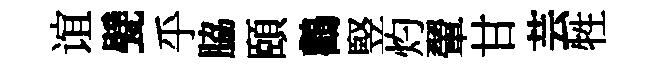
谊甓乎脇頤鸛竪灼翬甘芸牲